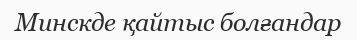
Минскде қайтыс болғандар